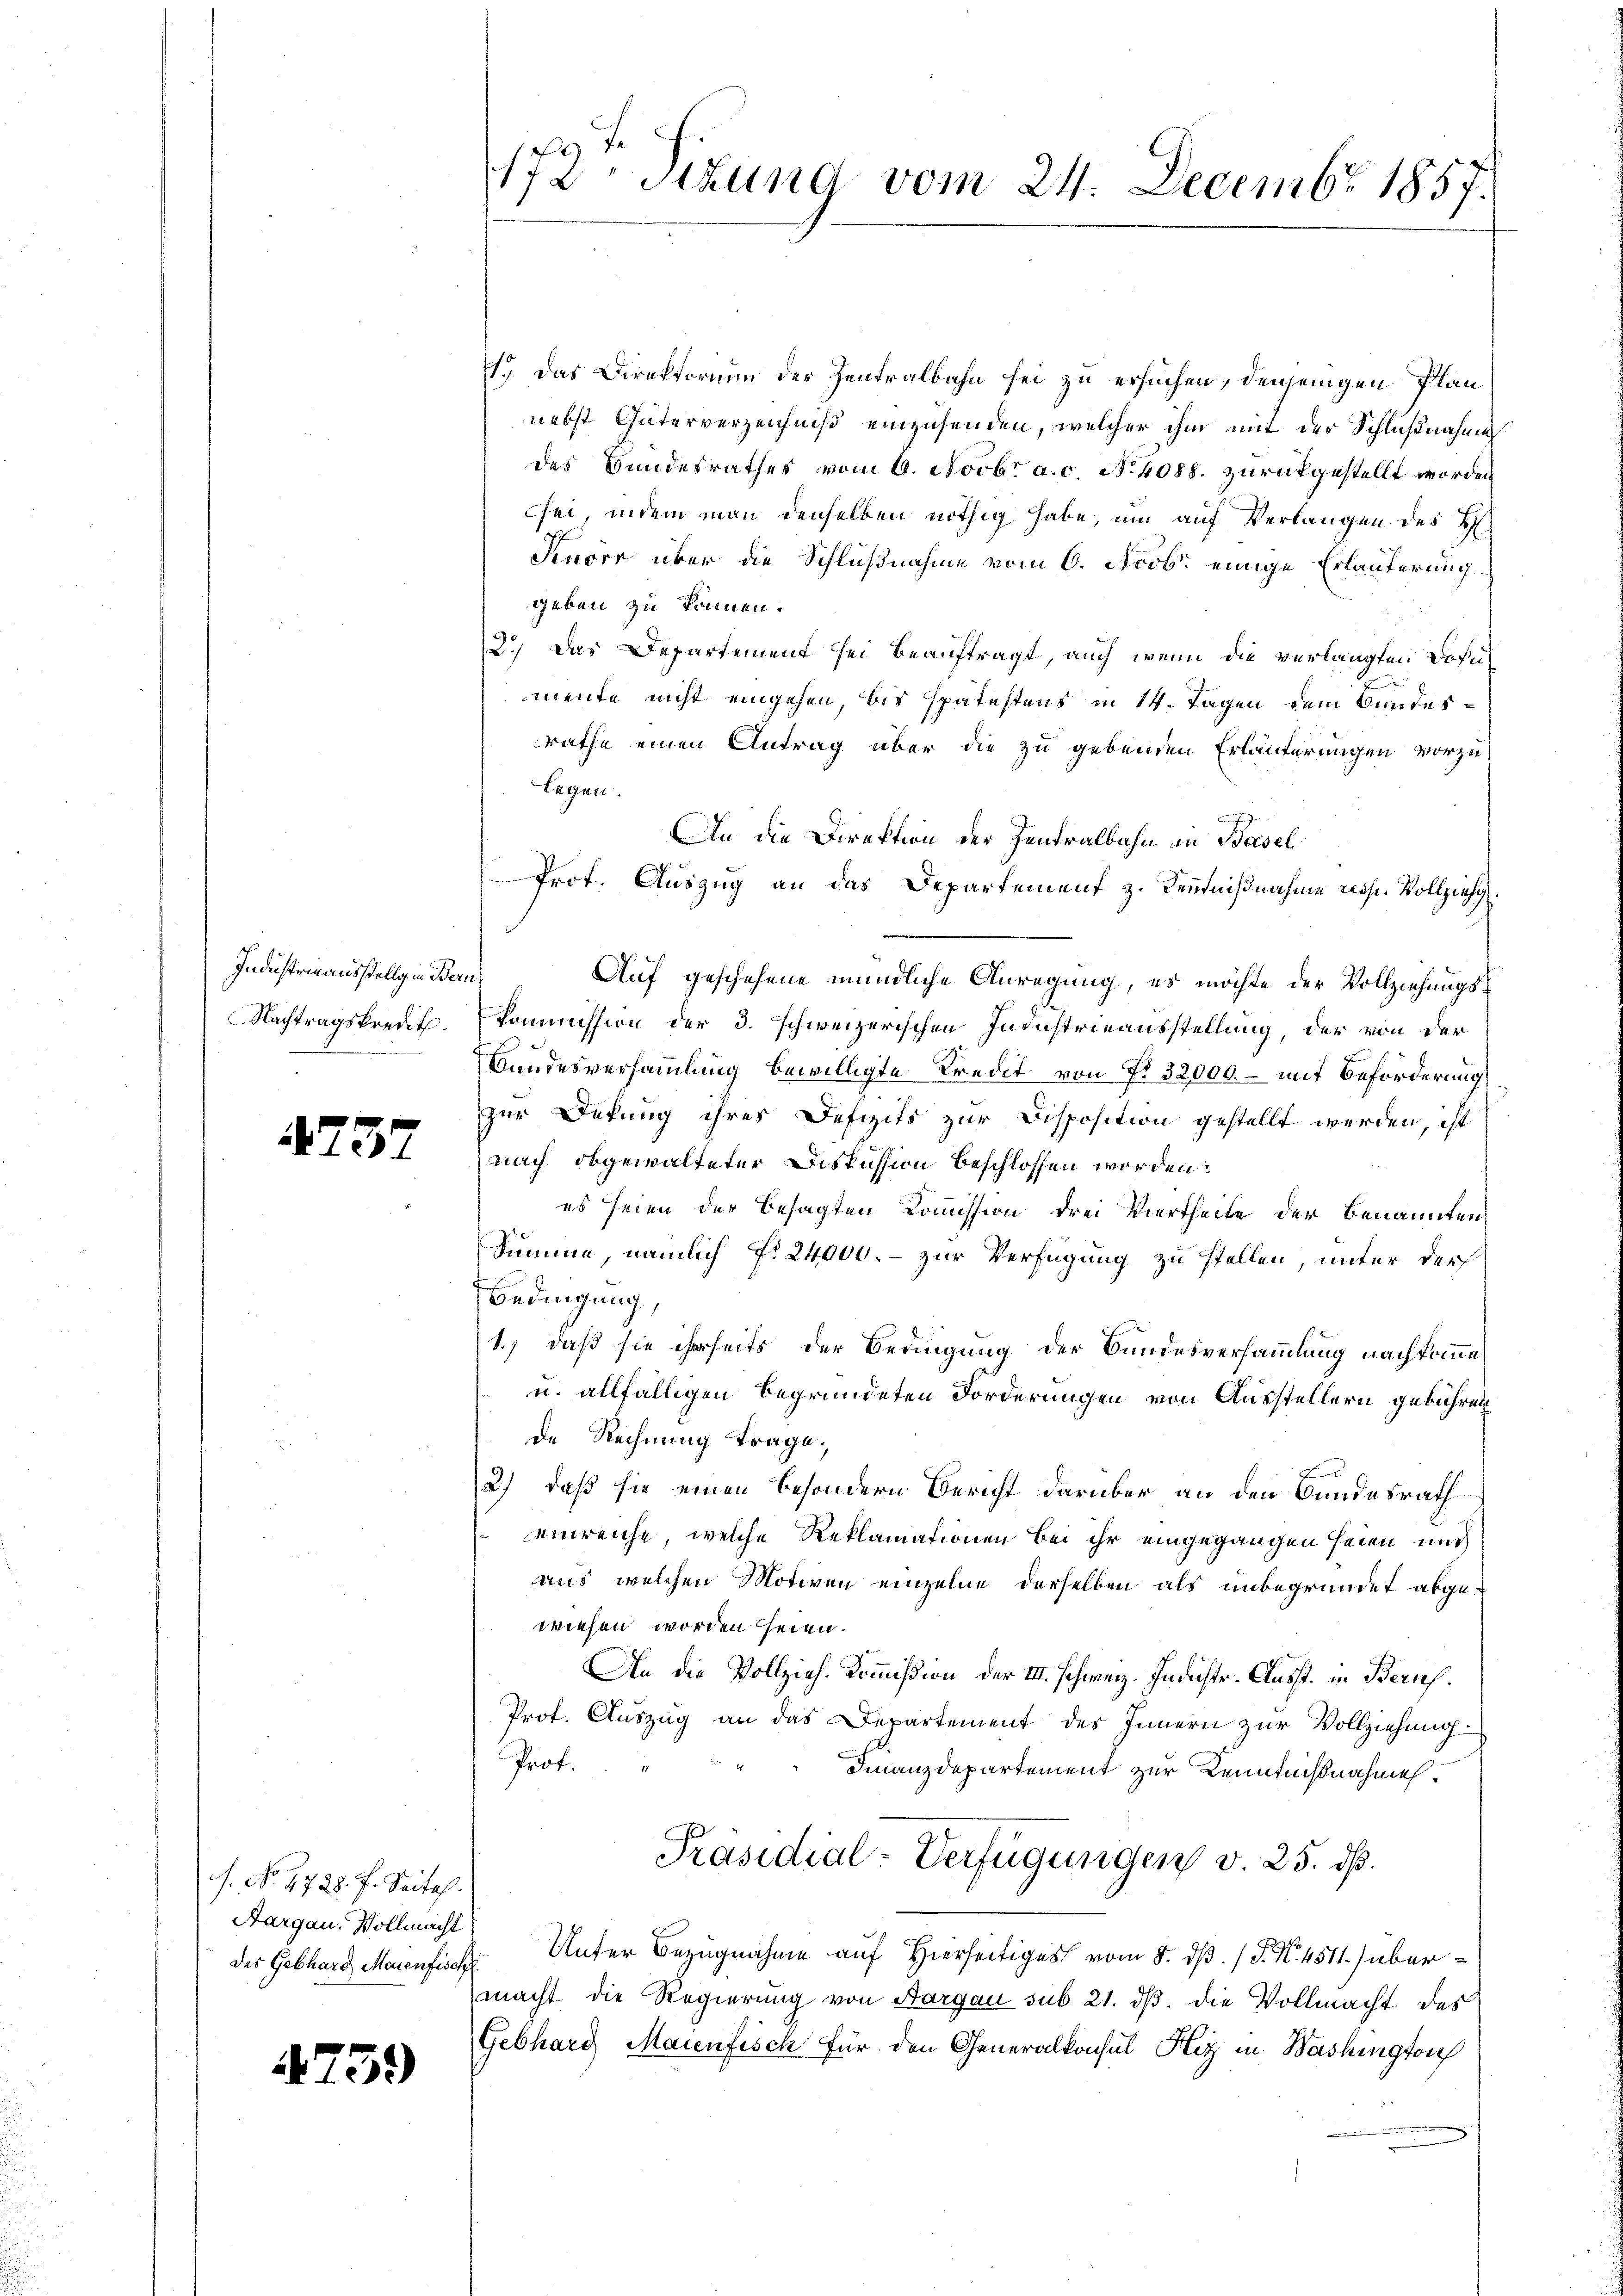
Industrieausstellg in Bern.
Nachtragskredit.

A757

2

s. No. 1728. 7. Seites.
Aargau. Vollmacht

59)

1o. Das Direktorium der Zentralbahn sei zu ersuchen, denjenigen Plan
nebst Güterverzeichniß einzusenden, welcher ihm mit der Schlußnahme
des Bundesrathes vom 6. Novbr a.c. N. 4088. zurückgestellt worden
csei, indem man denselben nöthig habe, um auf Verlangen des H
Fenors über die Schlußnahme vom 6. Novb. einige Erläuterung
geben zu können.
2.) Das Departement sei beauftragt, auch wenn die verlangten Sohn
mente nicht eingehen, bis spätestens in 14. Tagen dem Bundesrathe einen Antrag über die zu gebenden Erläuterungen vorzu¬
Legen.
An die Direktion der Zentralbahn an Basel
Prot. Auszug an das Departement z. Kenntnißnahme resp. Vollzieh
Auf geschehene mündliche Anregung, es möchte der Vollziehungs¬
Kommission der 3. schweizerischen Industrieausstellung, der von der
Bundesversammlung bewilligte Kredit von No 32000. – mit Beförderung
zur Dekung ihres Defizits zur Disposition gestellt werden, ist
nach abgewalteter Diskussion beschlossen worden.
es seien der besagten Komission drei Viertheile der benannten
Summe, nämlich No. 24,000. – zur Verfügung zu stellen, unter der
Bedingung,
1.) daß sie ihrseits der Bedingung der Bundesversammlung nachkomme
u. allfälligen begründeten Forderungen von Ausstellern gebühren
de Rechnung trage,
2) daß sie einen besondern Bericht darüber an den Bundesrath
einreiche, welche Reklamationen bei ihr eingegangen seien, und
aus, welchen Motiven einzelne derselben als unbegründet abgewiesen worden seien.
An die Vollzieh- Kommißion der III. Schweiz. Indichtr. Ausst. in Bernh
Prot. Auszug an das Departement des Innern zur Vollziehung.
Prof.
Finanzdepartement zur Kenntnißnahmen.
Präsidial-Verfügungen v. 25. dß.
des Gebhard Maienfisch Unter Bezugnahme auf Hierseitiges vom 8. dß. / P. N. 4511) übermacht die Regierung von Aargau sub 21. dβ. die Vollmacht des
Gebhard Maienfisch für den Generalkonsul Hiz in Bashington

172. Sitzung vom 24. Decembr 1857.